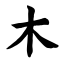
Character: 木